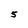
Character: 5